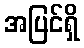
အပြင်ရှိ